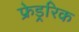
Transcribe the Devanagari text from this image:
फ्रेड्ररिक